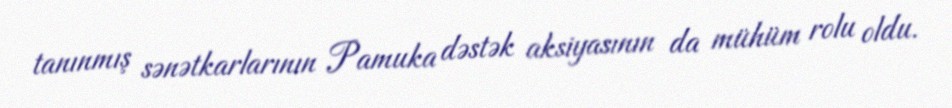
tanınmış sənətkarlarının Pamuka dəstək aksiyasının da mühüm rolu oldu.